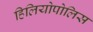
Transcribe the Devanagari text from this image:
हिलियोपोलिस